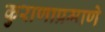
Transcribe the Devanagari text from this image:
कुराणाप्रमाणे